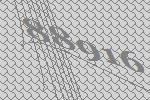
88916